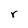
Character: r